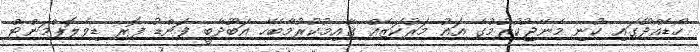
ހޯޑެއްދޫގައި ކުނި މެނޭޖުކުރުމުގެ އައު މަރުކަޒެއް ޤާއިމުކުރުމާބެހޭ އަބޫދާބީ ފަންޑު ފޮރ ޑިވެލޮޕްމަންޓް